Annual report of the Central Committee of the Association together with the report of the directors of the Pasteur Institute at Kasauli
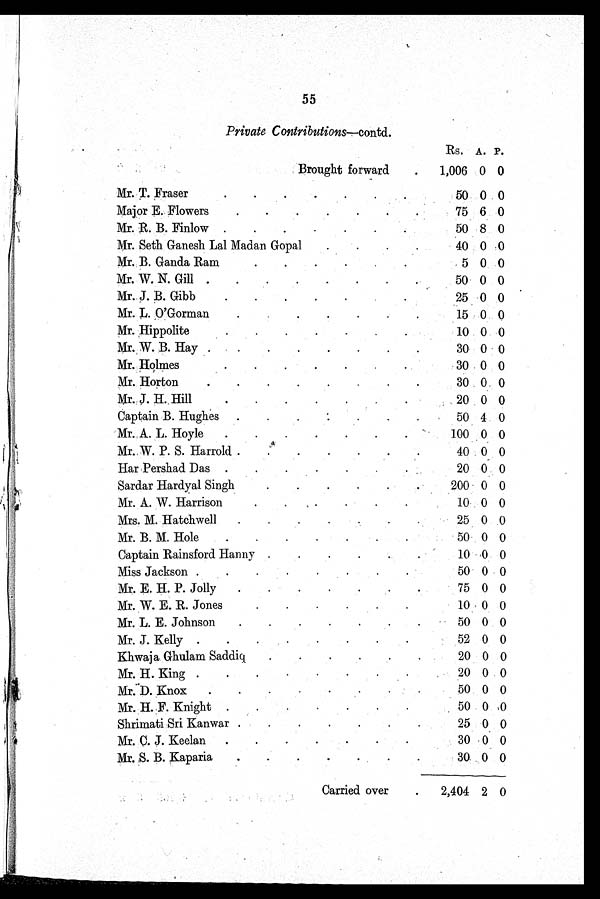
55
Private Contributions—contd.
Rs. A. P.
Brought forward
1,006 0 0
Mr. T. Fraser
50 0 0
Major E. Flowers
75 6 0
Mr. R. B. Finlow
50 8 0
Mr. Seth Ganesh Lal Madan Gopal
40 0 0
Mr. B. Ganda Ram
5 0 0
Mr. W. N. Gill
50 0 0
Mr. J. B. Gibb
25 0 0
Mr. L. O'Gorman
15 0 0
Mr. Hippolite
10 0 0
Mr. W. B. Hay
30 0 0
Mr. Holmes
30 0 0
Mr. Horton
30 0 0
Mr. J. H.. Hill
20 0 0
Captain B. Hughes.
50 4 0
Mr. A. L. Hoyle
100 0 0
Mr. W. P. S. Harrold
40 0 0
Har Pershad Das
20 0 0
Sardar Hardyal Singh
200 0 0
Mr. A. W. Harrison
10 0 0
Mrs. M. Hatchwell
25 0 0
Mr. B. M. Hole
50 0 0
Captain Rainsford Hanny
10 0 0
Miss Jackson
50 0 0
Mr. E. H. P. Jolly
75 0 0
Mr. W. E. R. Jones
10 0 0
Mr. L. E. Johnson
50 0 0
Mr. J. Kelly
52 0 0
Khwaja Ghulam Saddiq
20 0 0
Mr. H. King
20 0 0
Mr. D. Knox
50 0 0
Mr. H. F. Knight
50 0 0
Shrimati Sri Kanwar
25 0 0
Mr. C. J. Keelan
30 0 0
Mr. S. B. Kaparia
30 0 0
Carried over
2,404 2 0